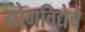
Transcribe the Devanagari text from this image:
योगविद्येचे